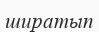
ширатып